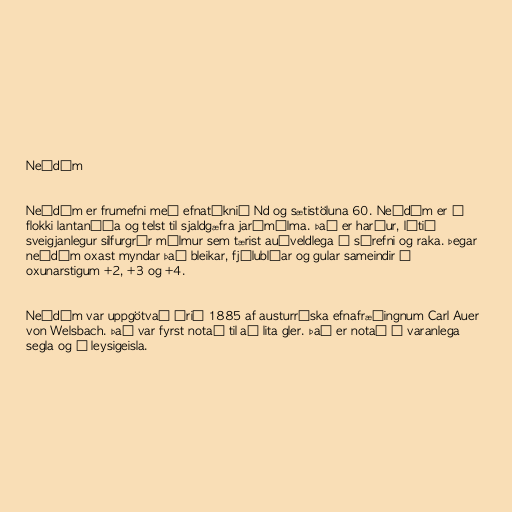
Neódým

Neódým er frumefni með efnatáknið Nd og sætistöluna 60. Neódým er í
flokki lantaníða og telst til sjaldgæfra jarðmálma. Það er harður, lítið
sveigjanlegur silfurgrár málmur sem tærist auðveldlega í súrefni og raka. Þegar
neódým oxast myndar það bleikar, fjólubláar og gular sameindir í
oxunarstigum +2, +3 og +4.

Neódým var uppgötvað árið 1885 af austurríska efnafræðingnum Carl Auer
von Welsbach. Það var fyrst notað til að lita gler. Það er notað í varanlega
segla og í leysigeisla.